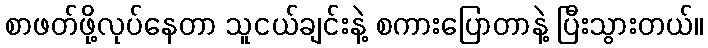
စာဖတ်ဖို့လုပ်နေတာ သူငယ်ချင်းနဲ့ စကားပြောတာနဲ့ ပြီးသွားတယ်။